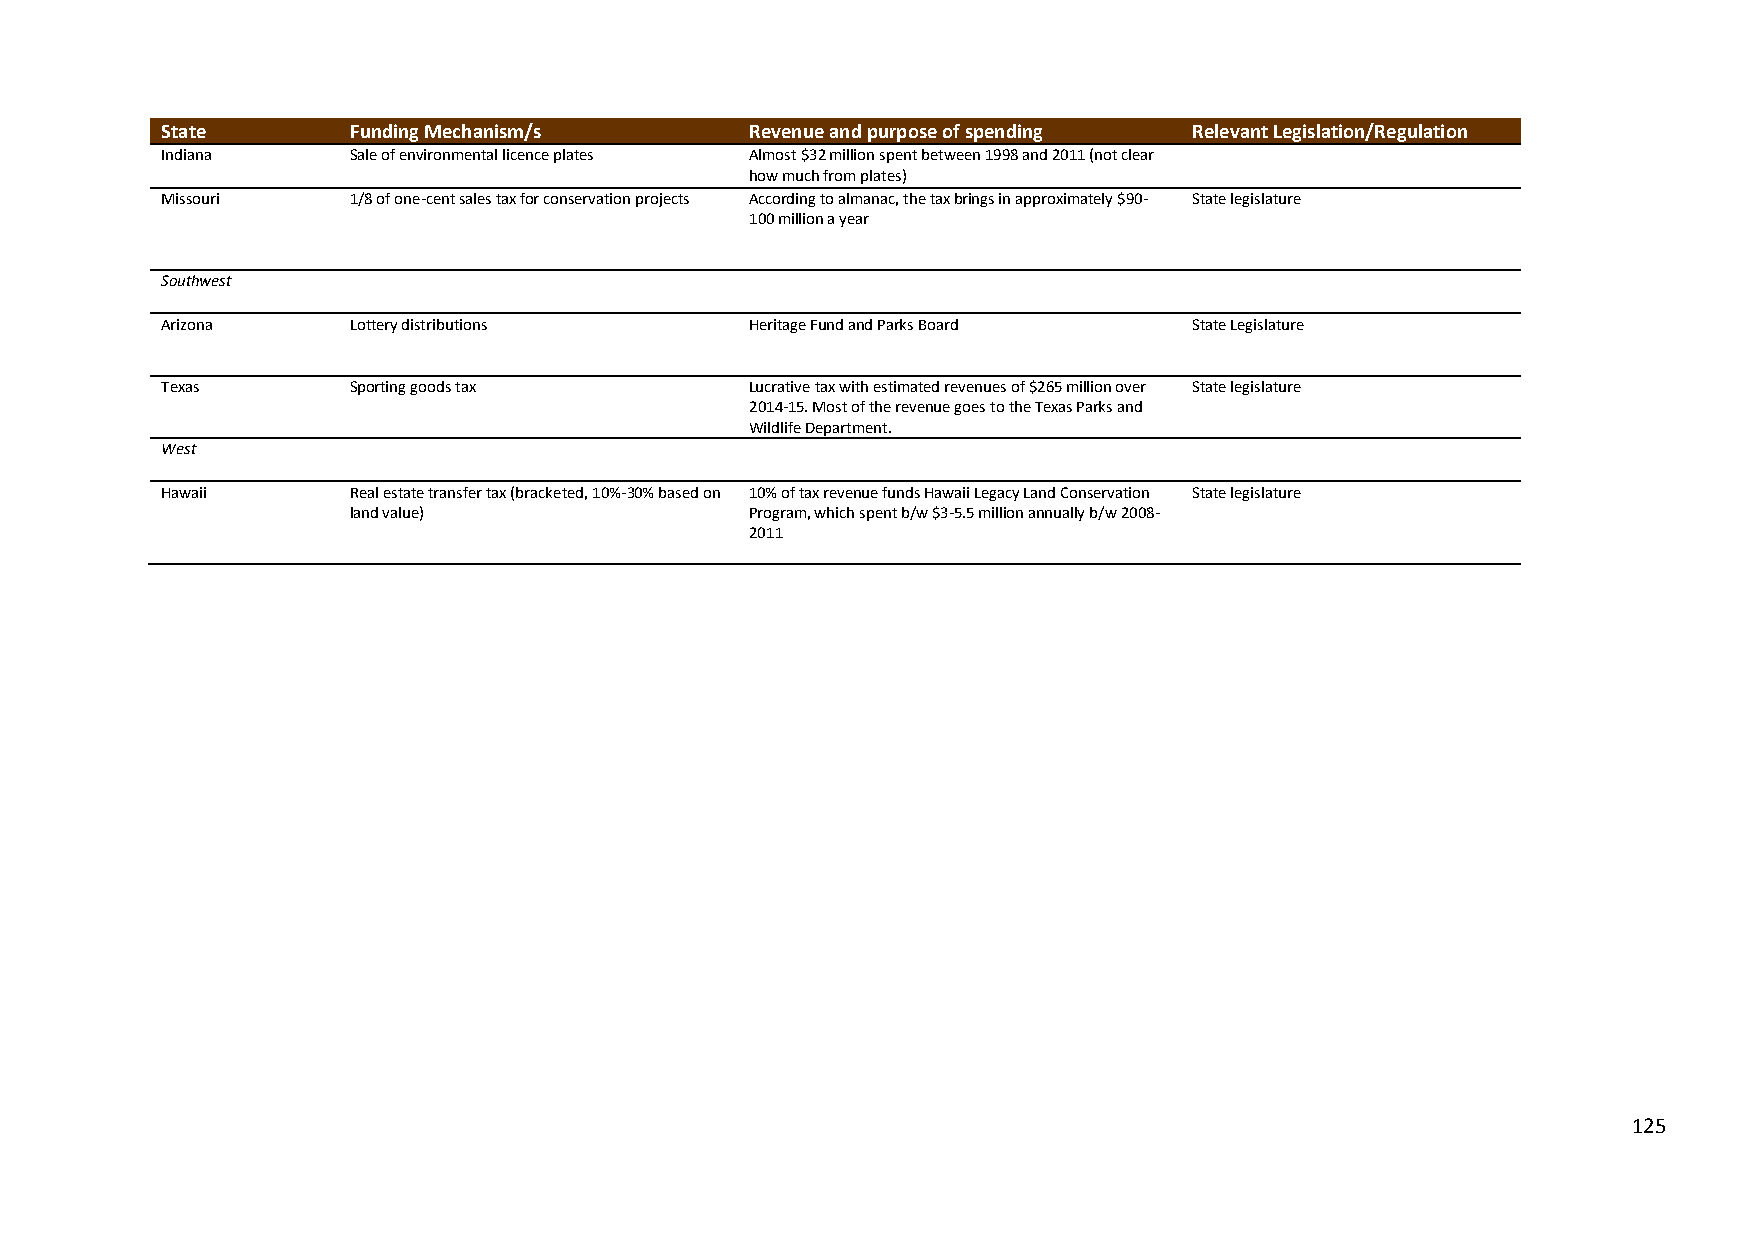
State       Funding Mechanism/s        Revenue and purpose of spending Relevant Legislation/Regulation
 Indiana     Sale of environmental licence plates Almost $32 million spent between 1998 and 2011 (not clear
 how much from plates)
 Missouri    1/8 of one-cent sales tax for conservation projects According to almanac, the tax brings in approximately $90- State legislature
 100 million a year
 Southwest
 Arizona     Lottery distributions      Heritage Fund and Parks Board State Legislature
 Texas       Sporting goods tax         Lucrative tax with estimated revenues of $265 million over State legislature
 2014-15. Most of the revenue goes to the Texas Parks and
 Wildlife Department.
 West
 Hawaii      Real estate transfer tax (bracketed, 10%-30% based on 10% of tax revenue funds Hawaii Legacy Land Conservation State legislature
 land value)                Program, which spent b/w $3-5.5 million annually b/w 2008-
 2011
 125